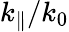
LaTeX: k_{\Vert}/k_{0}